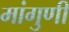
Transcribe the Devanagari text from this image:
मांगुणी